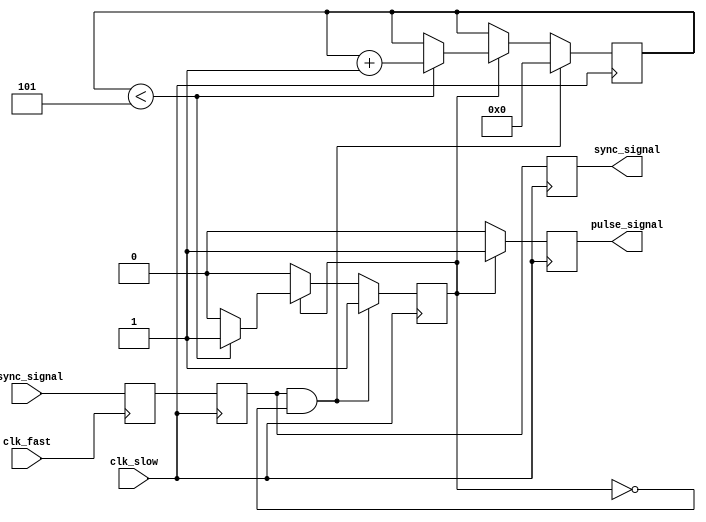
module pulsed_synchronizer (
    input wire async_signal,   // Input signal from the fast clock domain
    input wire clk_fast,       // Fast clock domain
    input wire clk_slow,       // Slow clock domain
    output reg sync_signal,     // Synchronized output signal
    output reg pulse_signal      // Pulsed output signal
);

    // Internal signals for the two-stage synchronization
    reg async_signal_ff1; // First flip-flop output
    reg async_signal_ff2; // Second flip-flop output

    // Pulse generation parameters
    parameter PULSE_WIDTH = 5; // Pulse width in clock cycles
    reg [3:0] pulse_counter;    // Counter for pulse width
    reg pulse_active;           // Pulse active flag

    // First stage: Capture async_signal on clk_fast
    always @(posedge clk_fast) begin
        async_signal_ff1 <= async_signal; // Capture the async signal
    end

    // Second stage: Capture the output of the first flip-flop on clk_slow
    always @(posedge clk_slow) begin
        async_signal_ff2 <= async_signal_ff1; // Synchronize to slow clock
        sync_signal <= async_signal_ff2;      // Output the synchronized signal

        // Pulse generation logic
        if (async_signal_ff2 && !pulse_active) begin
            pulse_active <= 1'b1; // Activate pulse
            pulse_counter <= 0;    // Reset pulse counter
        end else if (pulse_active) begin
            if (pulse_counter < PULSE_WIDTH) begin
                pulse_counter <= pulse_counter + 1; // Increment pulse counter
            end else begin
                pulse_active <= 1'b0; // Deactivate pulse after defined width
            end
        end
    end

    // Generate the pulse signal based on pulse_active flag
    always @(posedge clk_slow) begin
        if (pulse_active) begin
            pulse_signal <= 1'b1; // Set pulse signal high
        end else begin
            pulse_signal <= 1'b0; // Set pulse signal low
        end
    end

endmodule